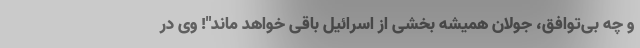
و چه بی‌توافق، جولان همیشه بخشی از اسرائیل باقی خواهد ماند"! وی در